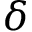
\delta